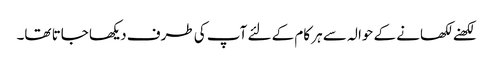
لکھنے لکھانے کے حوالہ سے ہر کام کے لئے آپ کی طرف دیکھا جاتا تھا۔